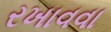
રખાવવા